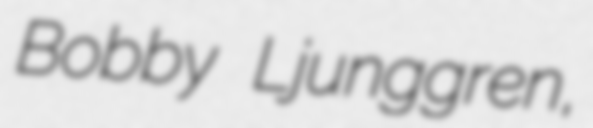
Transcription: Bobby Ljunggren,